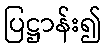
ပြဋ္ဌာန်း၍